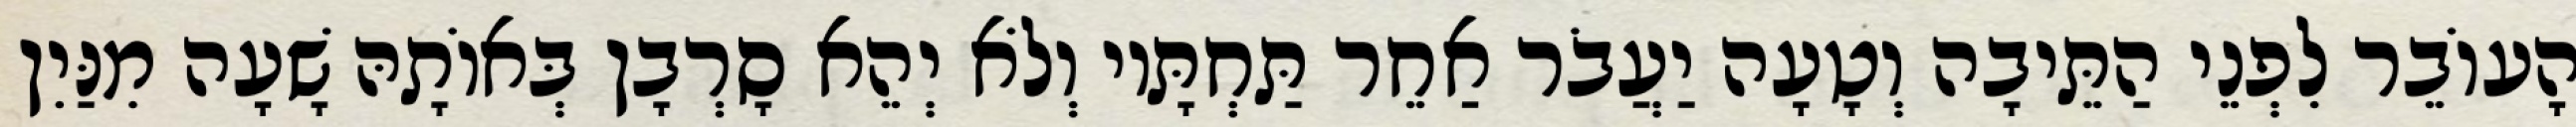
הָעוֹבֵר לִפְנֵי הַתֵּיבָה וְטָעָה יַעֲבֹר אַחֵר תַּחְתָּיו וְלֹא יְהֵא סָרְבָן בְּאוֹתָהּ שָׁעָה מִנַּיִן